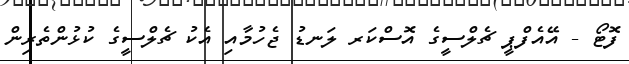
ފޮޓޯ - އޭއެފްޕީ ޗެލްސީގެ އޮސްކަރ ލަނޑު ޖެހުމާއި އެކު ޗެލްސީގެ ކުޅުންތެރިން